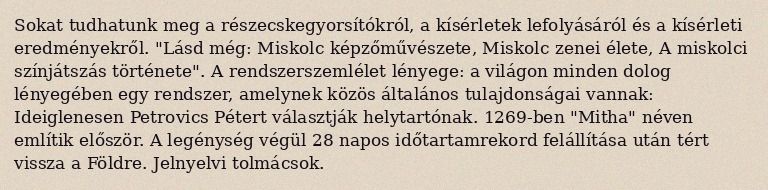
Sokat tudhatunk meg a részecskegyorsítókról, a kísérletek lefolyásáról és a kísérleti eredményekről. "Lásd még: Miskolc képzőművészete, Miskolc zenei élete, A miskolci színjátszás története". A rendszerszemlélet lényege: a világon minden dolog lényegében egy rendszer, amelynek közös általános tulajdonságai vannak: Ideiglenesen Petrovics Pétert választják helytartónak. 1269-ben "Mitha" néven említik először. A legénység végül 28 napos időtartamrekord felállítása után tért vissza a Földre. Jelnyelvi tolmácsok.